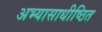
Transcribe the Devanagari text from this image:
अभ्यासाधीष्ठित